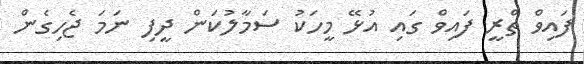
ފައިވް ތްރީ ފައިވް ގައި އުޅޭ މީހަކު ސަމާލުކަން ދީފި ނަމަ ޖެހިގެން